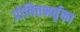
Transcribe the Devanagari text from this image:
प्रोषितभर्तृका